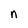
Character: n